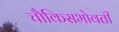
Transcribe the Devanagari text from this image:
चौकिसभोवती